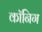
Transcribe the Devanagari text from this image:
कॉनिग